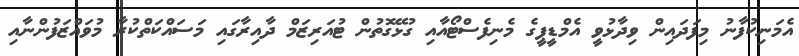
އެމަނިކުފާނު މިފަދައިން ވިދާޅުވީ އެމްޑީޕީގެ މެނިފެސްޓޯއާއި ގުޅޭގޮތުން ޓުއަރިޒަމް ދާއިރާގައި މަސައްކަތްކުރާ މުވައްޒަފުންނާއި